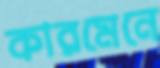
কারমেনে